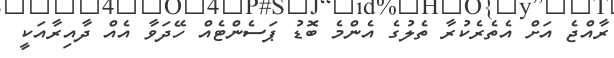
ރާއްޖެ އަށް އެތެރެކުރާ ތެލުގެ އެންމެ ބޮޑު ޕަސެންޓެއް ހޭދަވާ އެއް ދާއިރާއަކީ